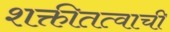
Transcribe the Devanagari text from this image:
शक्तीतत्वाची